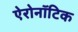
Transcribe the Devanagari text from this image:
ऐरोनॉटिक